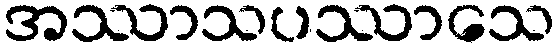
အဿာသပဿာသေ